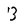
Character: 3